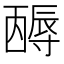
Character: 𡭋